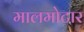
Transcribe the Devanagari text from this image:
मालमोटार